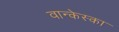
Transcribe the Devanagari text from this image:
वान्केस्का